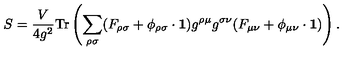
S = \frac { V } { 4 g ^ { 2 } } \mathrm { T r } \left( \sum _ { \rho \sigma } ( F _ { \rho \sigma } + \phi _ { \rho \sigma } \cdot { \bf 1 } ) g ^ { \rho \mu } g ^ { \sigma \nu } ( F _ { \mu \nu } + \phi _ { \mu \nu } \cdot { \bf 1 } ) \right) .